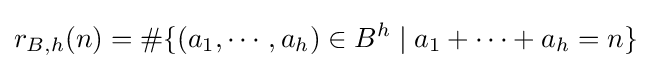
r_{B,h}(n)=\#\{(a_{1},\cdots ,a_{h})\in B^{h}\mid a_{1}+\cdots +a_{h}=n\}